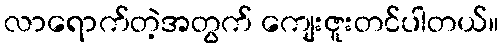
လာရောက်တဲ့အတွက် ကျေးဇူးတင်ပါတယ်။